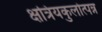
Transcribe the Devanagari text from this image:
क्षत्रियकुलोत्पन्न